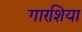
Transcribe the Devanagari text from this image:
गारशिया